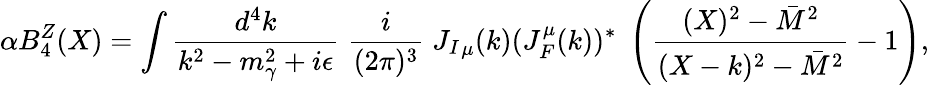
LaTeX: \alpha B_{4}^{Z}(X)=\int{\frac{d^{4}k}{k^{2}-m_{\gamma}^{2}+i\epsilon}}\; {\frac{i}{(2\pi)^{3}}}\; {J_{I}}_{\mu}(k)(J_{F}^{\mu}(k))^{*}\; \left({\frac{(X)^{2}-\bar{M}^{2}}{(X-k)^{2}-\bar{M}^{2}}}-1\right),